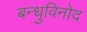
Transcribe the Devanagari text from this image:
बन्धुविनोद